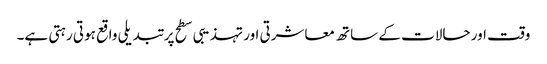
وقت اور حالات کے ساتھ معاشرتی اور تہذیبی سطح پر تبدیلی واقع ہوتی رہتی ہے۔